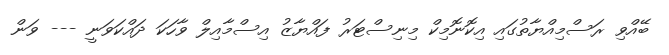
ބޭއްވި ރަސްމިއްޔާތުގައި އިކޮނޮމިކް މިނިސްޓަރު ފައްޔާޒު އިސްމާއިލް ވާހަކަ ދައްކަވަނީ --- ވަން